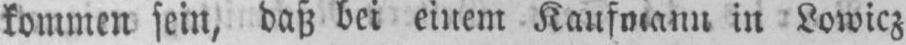
in Lowicz